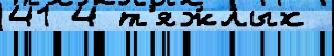
41 4 т'яж́лых